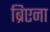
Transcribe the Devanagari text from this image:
ब्रिएना